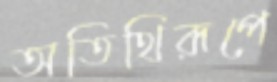
অতিথিরূপে